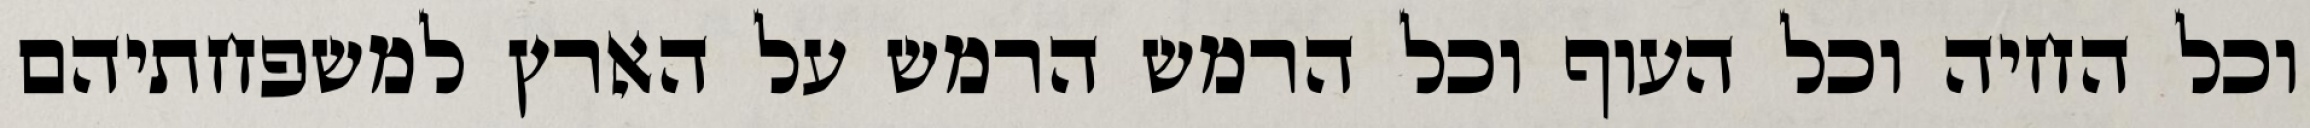
וכל החיה וכל העוף וכל הרמש הרמש על הארץ למשפחתיהם